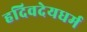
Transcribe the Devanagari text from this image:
हदिवदेयधर्म